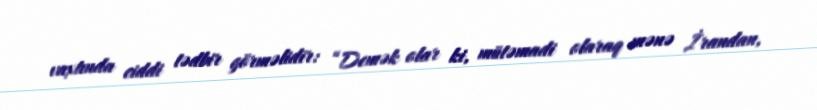
vaxtında ciddi tədbir görməlidir: “Demək olar ki, mütəmadi olaraq mənə İrandan,